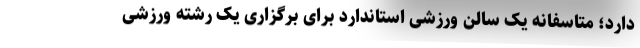
دارد؛ متاسفانه یک سالن ورزشی استاندارد برای برگزاری یک رشته ورزشی